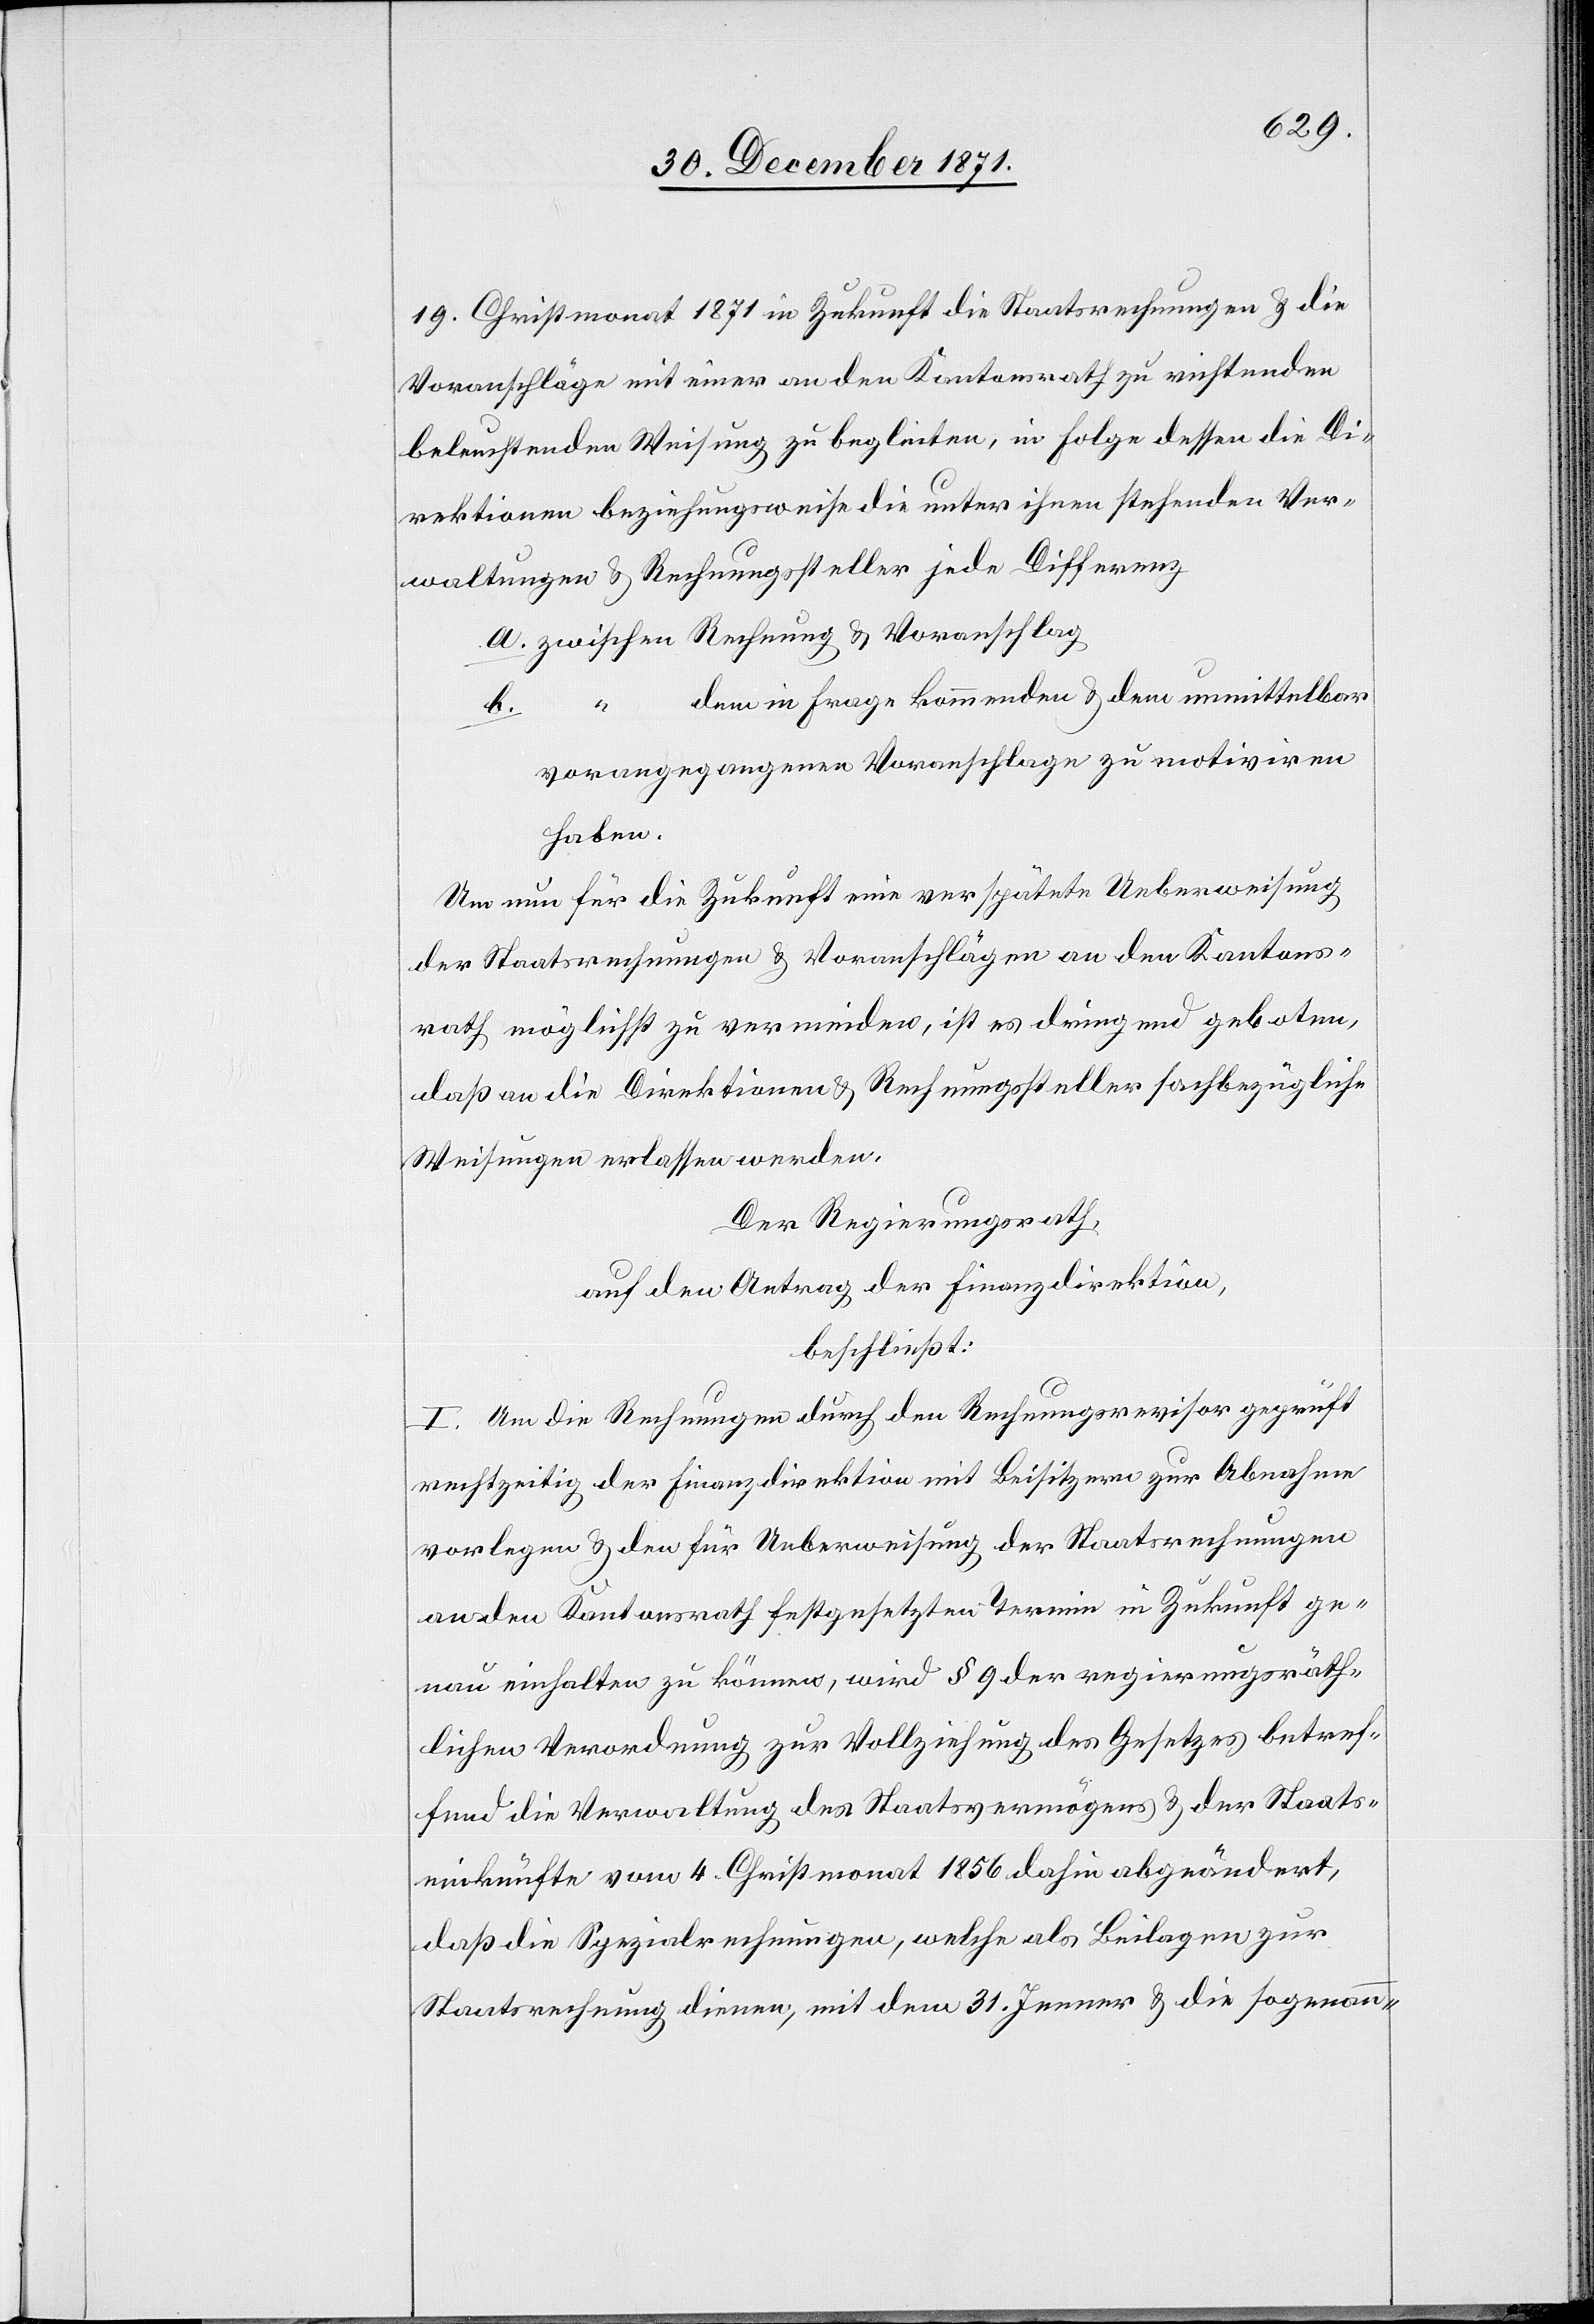
19. Christmonat 1871 in Zukunft die Staatsrechnung & die
Voranschläge mit einer an den Kantonsrath zu richtenden
beleuchtenden Weisung zu begleiten, in Folge dessen die Di¬
rektionen beziehungsweise die unter ihnen stehenden Ver¬
waltungen & Rechnungssteller jede Differenz
a. zwischen Rechnung & Voranschlag
dem in Frage kommenden & dem unmittelbar
b.
“
vorangegangenen Voranschlage zu motiviren
haben.
Um nun für die Zukunft eine verspätete Ueberweisung
der Staatsrechnungen & Voranschlägen an den Kantons¬
rath möglichst zu vermeiden, ist es dringend geboten,
daß an die Direktionen & Rechnungssteller sachbezügliche
Weisungen erlassen werden.
Der Regierungsrath,
auf den Antrag der Finanzdirektion,
beschließt:
I. Um die Rechnungen durch den Rechnungsrevisor geprüft
rechtzeitig der Finanzdirektion mit Beisitzern zur Abnahme
vorlegen & den für Ueberweisung der Staatsrechnungen
an den Kantonsrath festgesetzten Termin in Zukunft ge¬
nau einhalten zu können, wird § 9 der regierungsräth¬
lichen Verordnung zur Vollziehung des Gesetzes betref¬
fend die Verwaltung des Staatsvermögens & der Staats¬
einkünfte vom 4. Christmonat 1856 dahin abgeändert,
daß die Spezialrechnungen, welche als Beilagen zur
Staatsrechnung dienen, mit dem 31. Jenner & die sogenann-